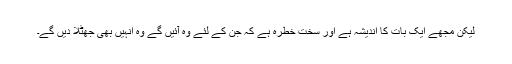
لیکن مجھے ایک بات کا اندیشہ ہے اور سخت خطرہ ہے کہ جن کے لئے وہ آئیں گے وہ انہیں بھی جھٹلا دیں گے۔